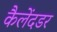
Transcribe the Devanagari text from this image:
कैलेंदडर